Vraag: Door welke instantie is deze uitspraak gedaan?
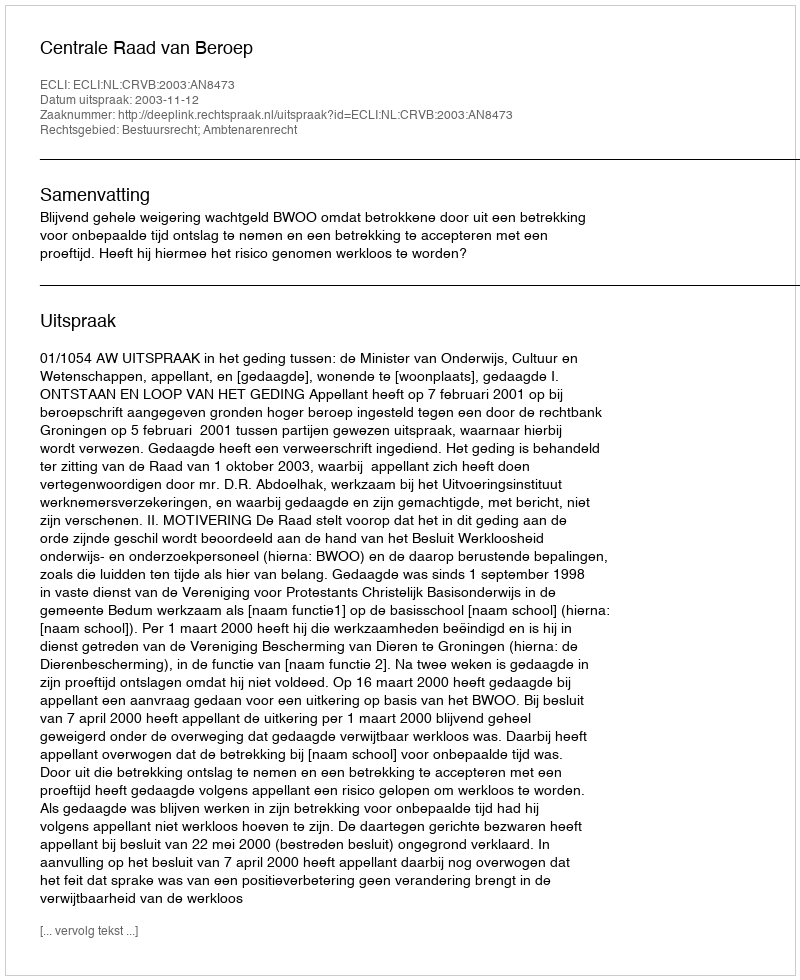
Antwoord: Centrale Raad van Beroep